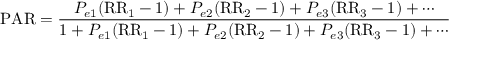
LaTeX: { \mathrm { P A R } } = { \frac { P _ { e 1 } ( { \mathrm { R R } } _ { 1 } - 1 ) + P _ { e 2 } ( { \mathrm { R R } } _ { 2 } - 1 ) + P _ { e 3 } ( { \mathrm { R R } } _ { 3 } - 1 ) + \cdots } { 1 + P _ { e 1 } ( { \mathrm { R R } } _ { 1 } - 1 ) + P _ { e 2 } ( { \mathrm { R R } } _ { 2 } - 1 ) + P _ { e 3 } ( { \mathrm { R R } } _ { 3 } - 1 ) + \cdots } }